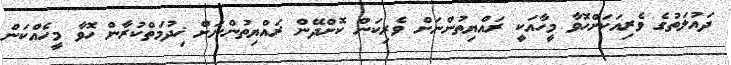
ދައުލަތުގެ ވެރިއަކަށްހޮވާ މީހާއަކީ ރައްޔިތުންނަށް ވެރިކަން ކޮށްދޭން ރައްޔިތުންނަށް ޚިދުމަތްކުރާން ހޮވާ މީހެއްކަން